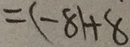
= ( - 8 1 + 8